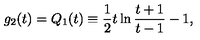
g _ { 2 } ( t ) = Q _ { 1 } ( t ) \equiv { \frac { 1 } { 2 } } t \ln { \frac { t + 1 } { t - 1 } } - 1 ,